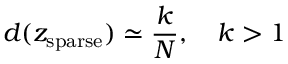
d ( z _ { \mathrm { s p a r s e } } ) \simeq \frac { k } { N } , \quad k > 1